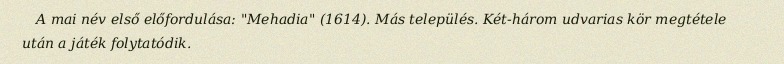
A mai név első előfordulása: "Mehadia" (1614). Más település. Két-három udvarias kör megtétele után a játék folytatódik.